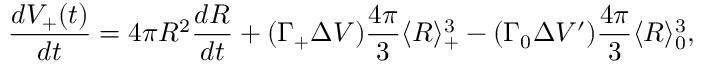
\frac { d V _ { + } ( t ) } { d t } = 4 \pi R ^ { 2 } \frac { d R } { d t } + ( \Gamma _ { + } \Delta V ) \frac { 4 \pi } { 3 } \langle R \rangle _ { + } ^ { 3 } - ( \Gamma _ { 0 } \Delta V ^ { \prime } ) \frac { 4 \pi } { 3 } \langle R \rangle _ { 0 } ^ { 3 } ,